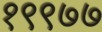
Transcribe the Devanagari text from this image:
१९९७७